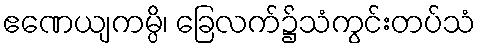
ဧဏေယျကမ္ပိ၊ ခြေလက်၌သံကွင်းတပ်သံ